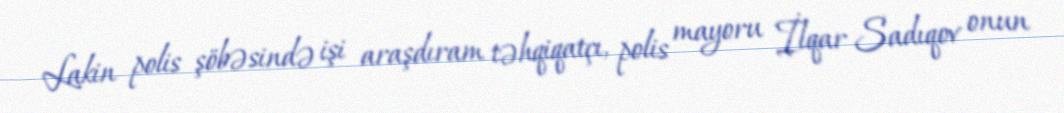
Lakin polis şöbəsində işi araşdıram təhqiqatçı, polis mayoru İlqar Sadıqov onun